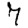
Digit: 7